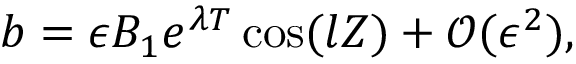
b = \epsilon B _ { 1 } e ^ { \lambda T } \cos ( l Z ) + \mathcal { O } ( \epsilon ^ { 2 } ) ,